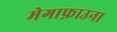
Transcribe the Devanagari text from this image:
मेगाफ़ाउना